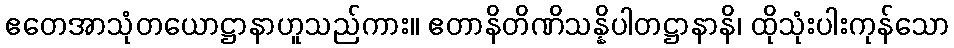
ဧတေအာသုံတယောဋ္ဌာနာဟူသည်ကား။ ဧတာနိတိဏိသန္နိပါတဋ္ဌာနာနိ၊ ထိုသုံးပါးကုန်သော